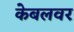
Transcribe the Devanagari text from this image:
केबलवर